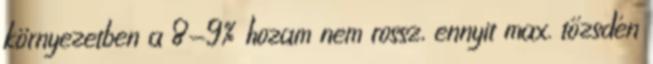
környezetben a 8-9% hozam nem rossz, ennyit max. tőzsdén